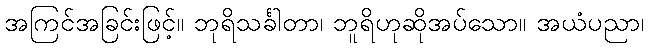
အကြင်အခြင်းဖြင့်။ ဘုရိသင်္ခါတာ၊ ဘူရိဟုဆိုအပ်သော။ အယံပညာ၊